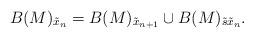
LaTeX: \begin{align*}B(M)_{\tilde x_{n}} = B(M)_{\tilde x_{n+1}}\cup B(M)_{\tilde s\tilde x_{n}}.\end{align*}